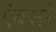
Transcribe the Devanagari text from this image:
ऐक्सरे